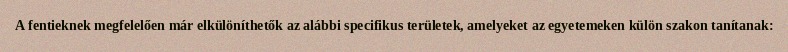
A fentieknek megfelelően már elkülöníthetők az alábbi specifikus területek, amelyeket az egyetemeken külön szakon tanítanak: